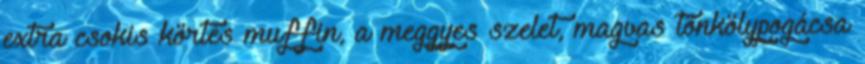
extra csokis körtés muffin, a meggyes szelet, magvas tönkölypogácsa